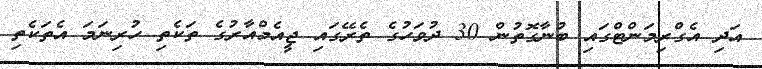
އަދި އެގްރިމަންޓްގައި ބުނާގޮތުން 30 ދުވަހުގެ ތެރޭގައި ޖީއެމްއާރުގެ ތަކެތި ހުރިނަމަ އެތަކެތި